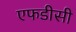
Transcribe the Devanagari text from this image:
एफडीसी